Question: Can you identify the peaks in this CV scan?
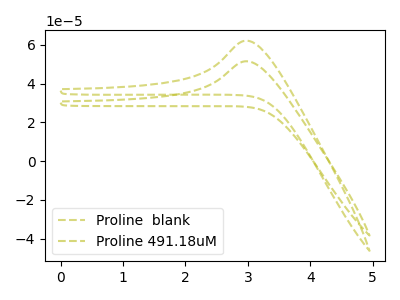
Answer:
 <answer>The olive dashed curve "Proline  blank" has an anodic peak at: (3.00V, 62.25uA). The olive dashed curve "Proline 491.18uM" has an anodic peak at: (3.00V, 51.60uA).</answer>
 <eval></eval>